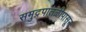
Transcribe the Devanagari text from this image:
समुद्रपातळीपासून